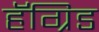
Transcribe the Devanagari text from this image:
हॅग्रिड